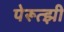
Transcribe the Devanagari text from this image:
पेरूत्झी